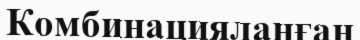
Комбинацияланған